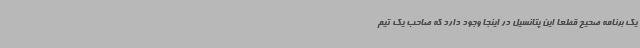
یک برنامه صحیح قطعا این پتانسیل در اینجا وجود دارد که صاحب یک تیم